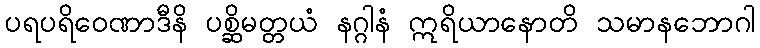
ပရပရိဝေဏာဒီနိ ပစ္ဆိမတ္တယံ နဂ္ဂါနံ ဣရိယာနောတိ သမာနဘောဂါ